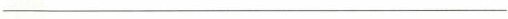
____________________